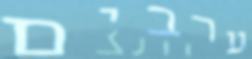
ערבים